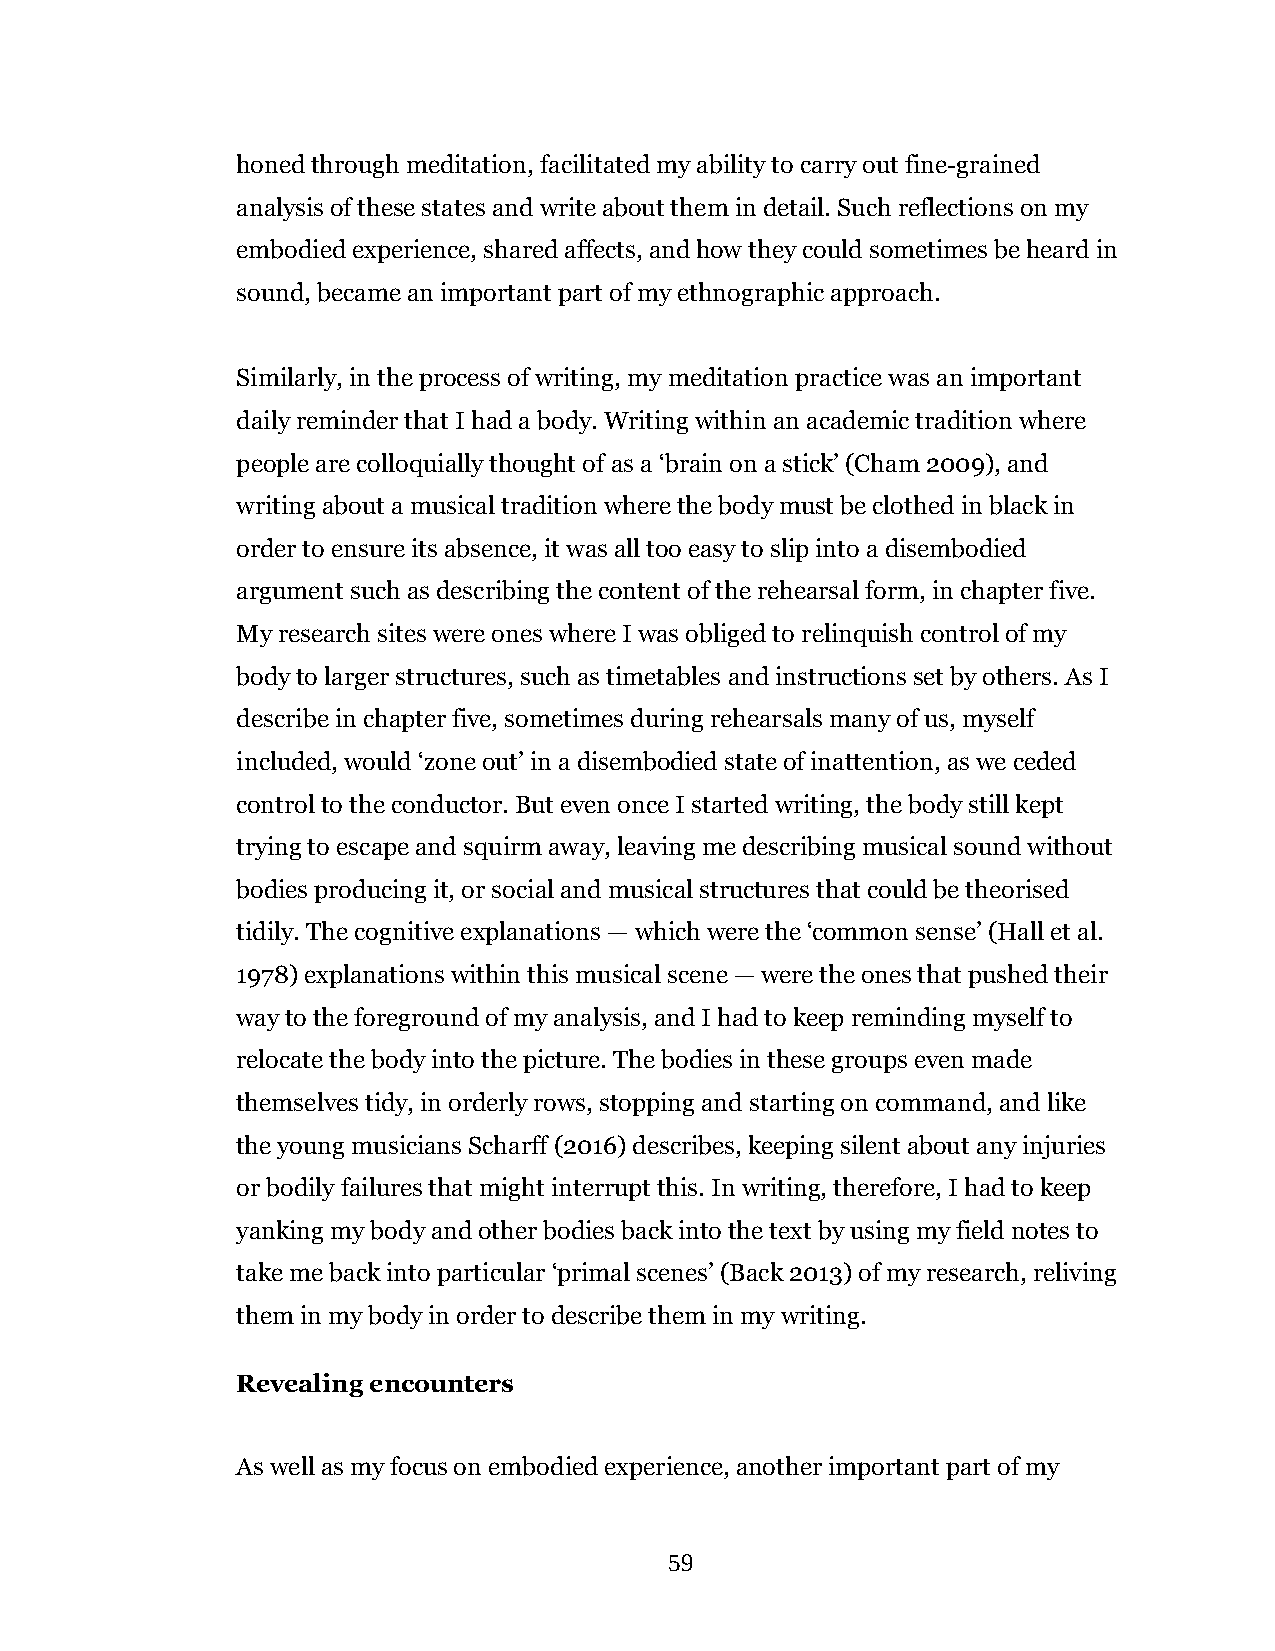
honed through meditation, facilitated my ability to carry out fine-grained
 analysis of these states and write about them in detail. Such reflections on my
 embodied experience, shared affects, and how they could sometimes be heard in
 sound, became an important part of my ethnographic approach.
 Similarly, in the process of writing, my meditation practice was an important
 daily reminder that I had a body. Writing within an academic tradition where
 people are colloquially thought of as a ‘brain on a stick’ (Cham 2009), and
 writing about a musical tradition where the body must be clothed in black in
 order to ensure its absence, it was all too easy to slip into a disembodied
 argument such as describing the content of the rehearsal form, in chapter five.
 My research sites were ones where I was obliged to relinquish control of my
 body to larger structures, such as timetables and instructions set by others. As I
 describe in chapter five, sometimes during rehearsals many of us, myself
 included, would ‘zone out’ in a disembodied state of inattention, as we ceded
 control to the conductor. But even once I started writing, the body still kept
 trying to escape and squirm away, leaving me describing musical sound without
 bodies producing it, or social and musical structures that could be theorised
 tidily. The cognitive explanations — which were the ‘common sense’ (Hall et al.
 1978) explanations within this musical scene — were the ones that pushed their
 way to the foreground of my analysis, and I had to keep reminding myself to
 relocate the body into the picture. The bodies in these groups even made
 themselves tidy, in orderly rows, stopping and starting on command, and like
 the young musicians Scharff (2016) describes, keeping silent about any injuries
 or bodily failures that might interrupt this. In writing, therefore, I had to keep
 yanking my body and other bodies back into the text by using my field notes to
 take me back into particular ‘primal scenes’ (Back 2013) of my research, reliving
 them in my body in order to describe them in my writing.
 Revealing encounters
 As well as my focus on embodied experience, another important part of my
 59